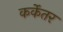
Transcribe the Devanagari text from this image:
कर्केतर